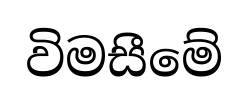
විමසීමේ